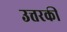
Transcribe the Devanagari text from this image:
उत्तरकी